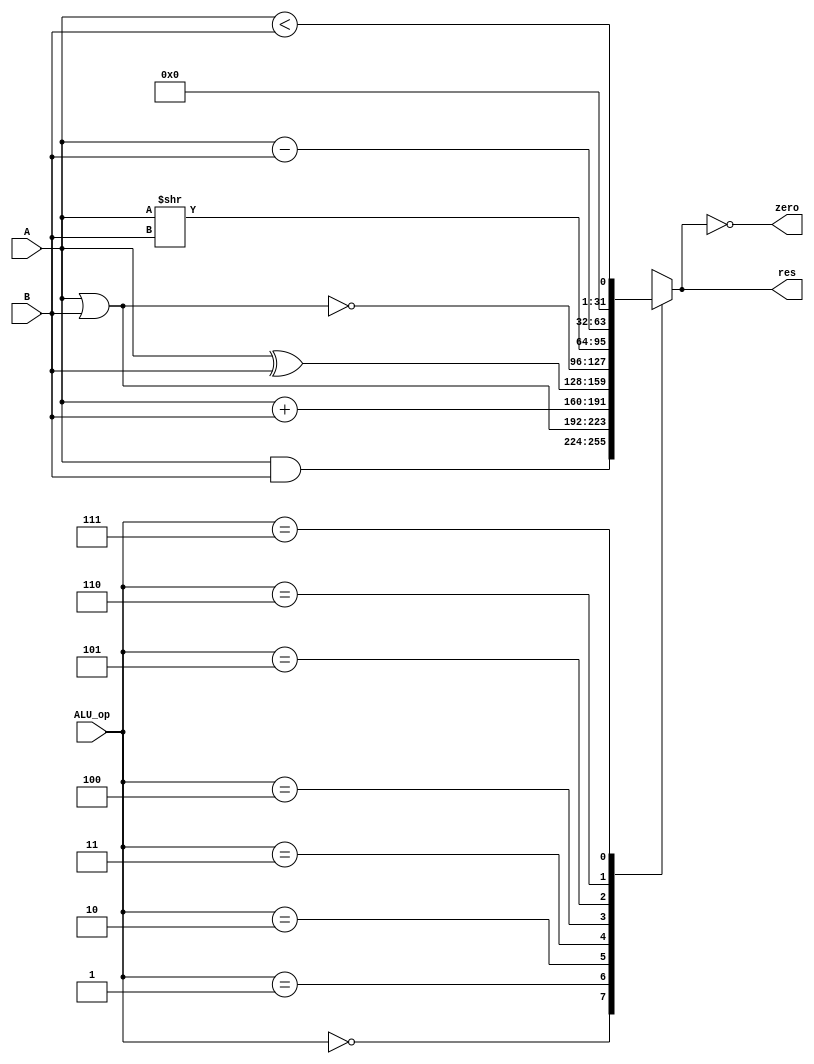
`timescale 1ns / 1ps
//////////////////////////////////////////////////////////////////////////////////
// Company: 
// Engineer: 
// 
// Design Name: 
// Module Name: ALU
// Project Name: 
// Target Devices: 
// Tool Versions: 
// Description: 
// 
// Dependencies: 
// 
// Revision:
// Revision 0.01 - File Created
// Additional Comments:
// 
//////////////////////////////////////////////////////////////////////////////////


module ALU(
        input [31:0] A,
        input [31:0] B,
        input [2:0] ALU_op,
        output reg [31:0] res,
        output wire zero
    );

    always @ (*) begin
        case(ALU_op)
            3'b000: res = A & B;
            3'b001: res = A | B;
            3'b010: res = A + B;
            3'b011: res = A ^ B;
            3'b100: res = ~(A | B);
            3'b101: res = A >> B;
            3'b110: res = A - B;
            3'b111: res = {31'b0, A < B};
        endcase
    end

    assign zero = (res == 0);

endmodule